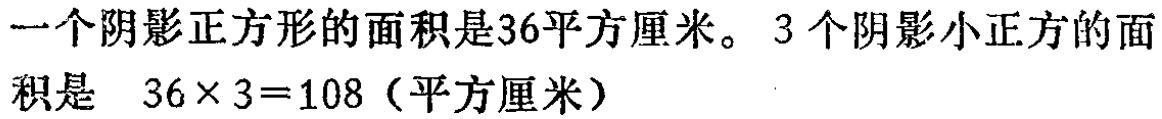
一个阴影正方形的面积是36平方厘米。3个阴影小正方的面积是 \(36\times 3 = 108\)（平方厘米）